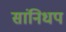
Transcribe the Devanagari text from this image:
सांनिधप